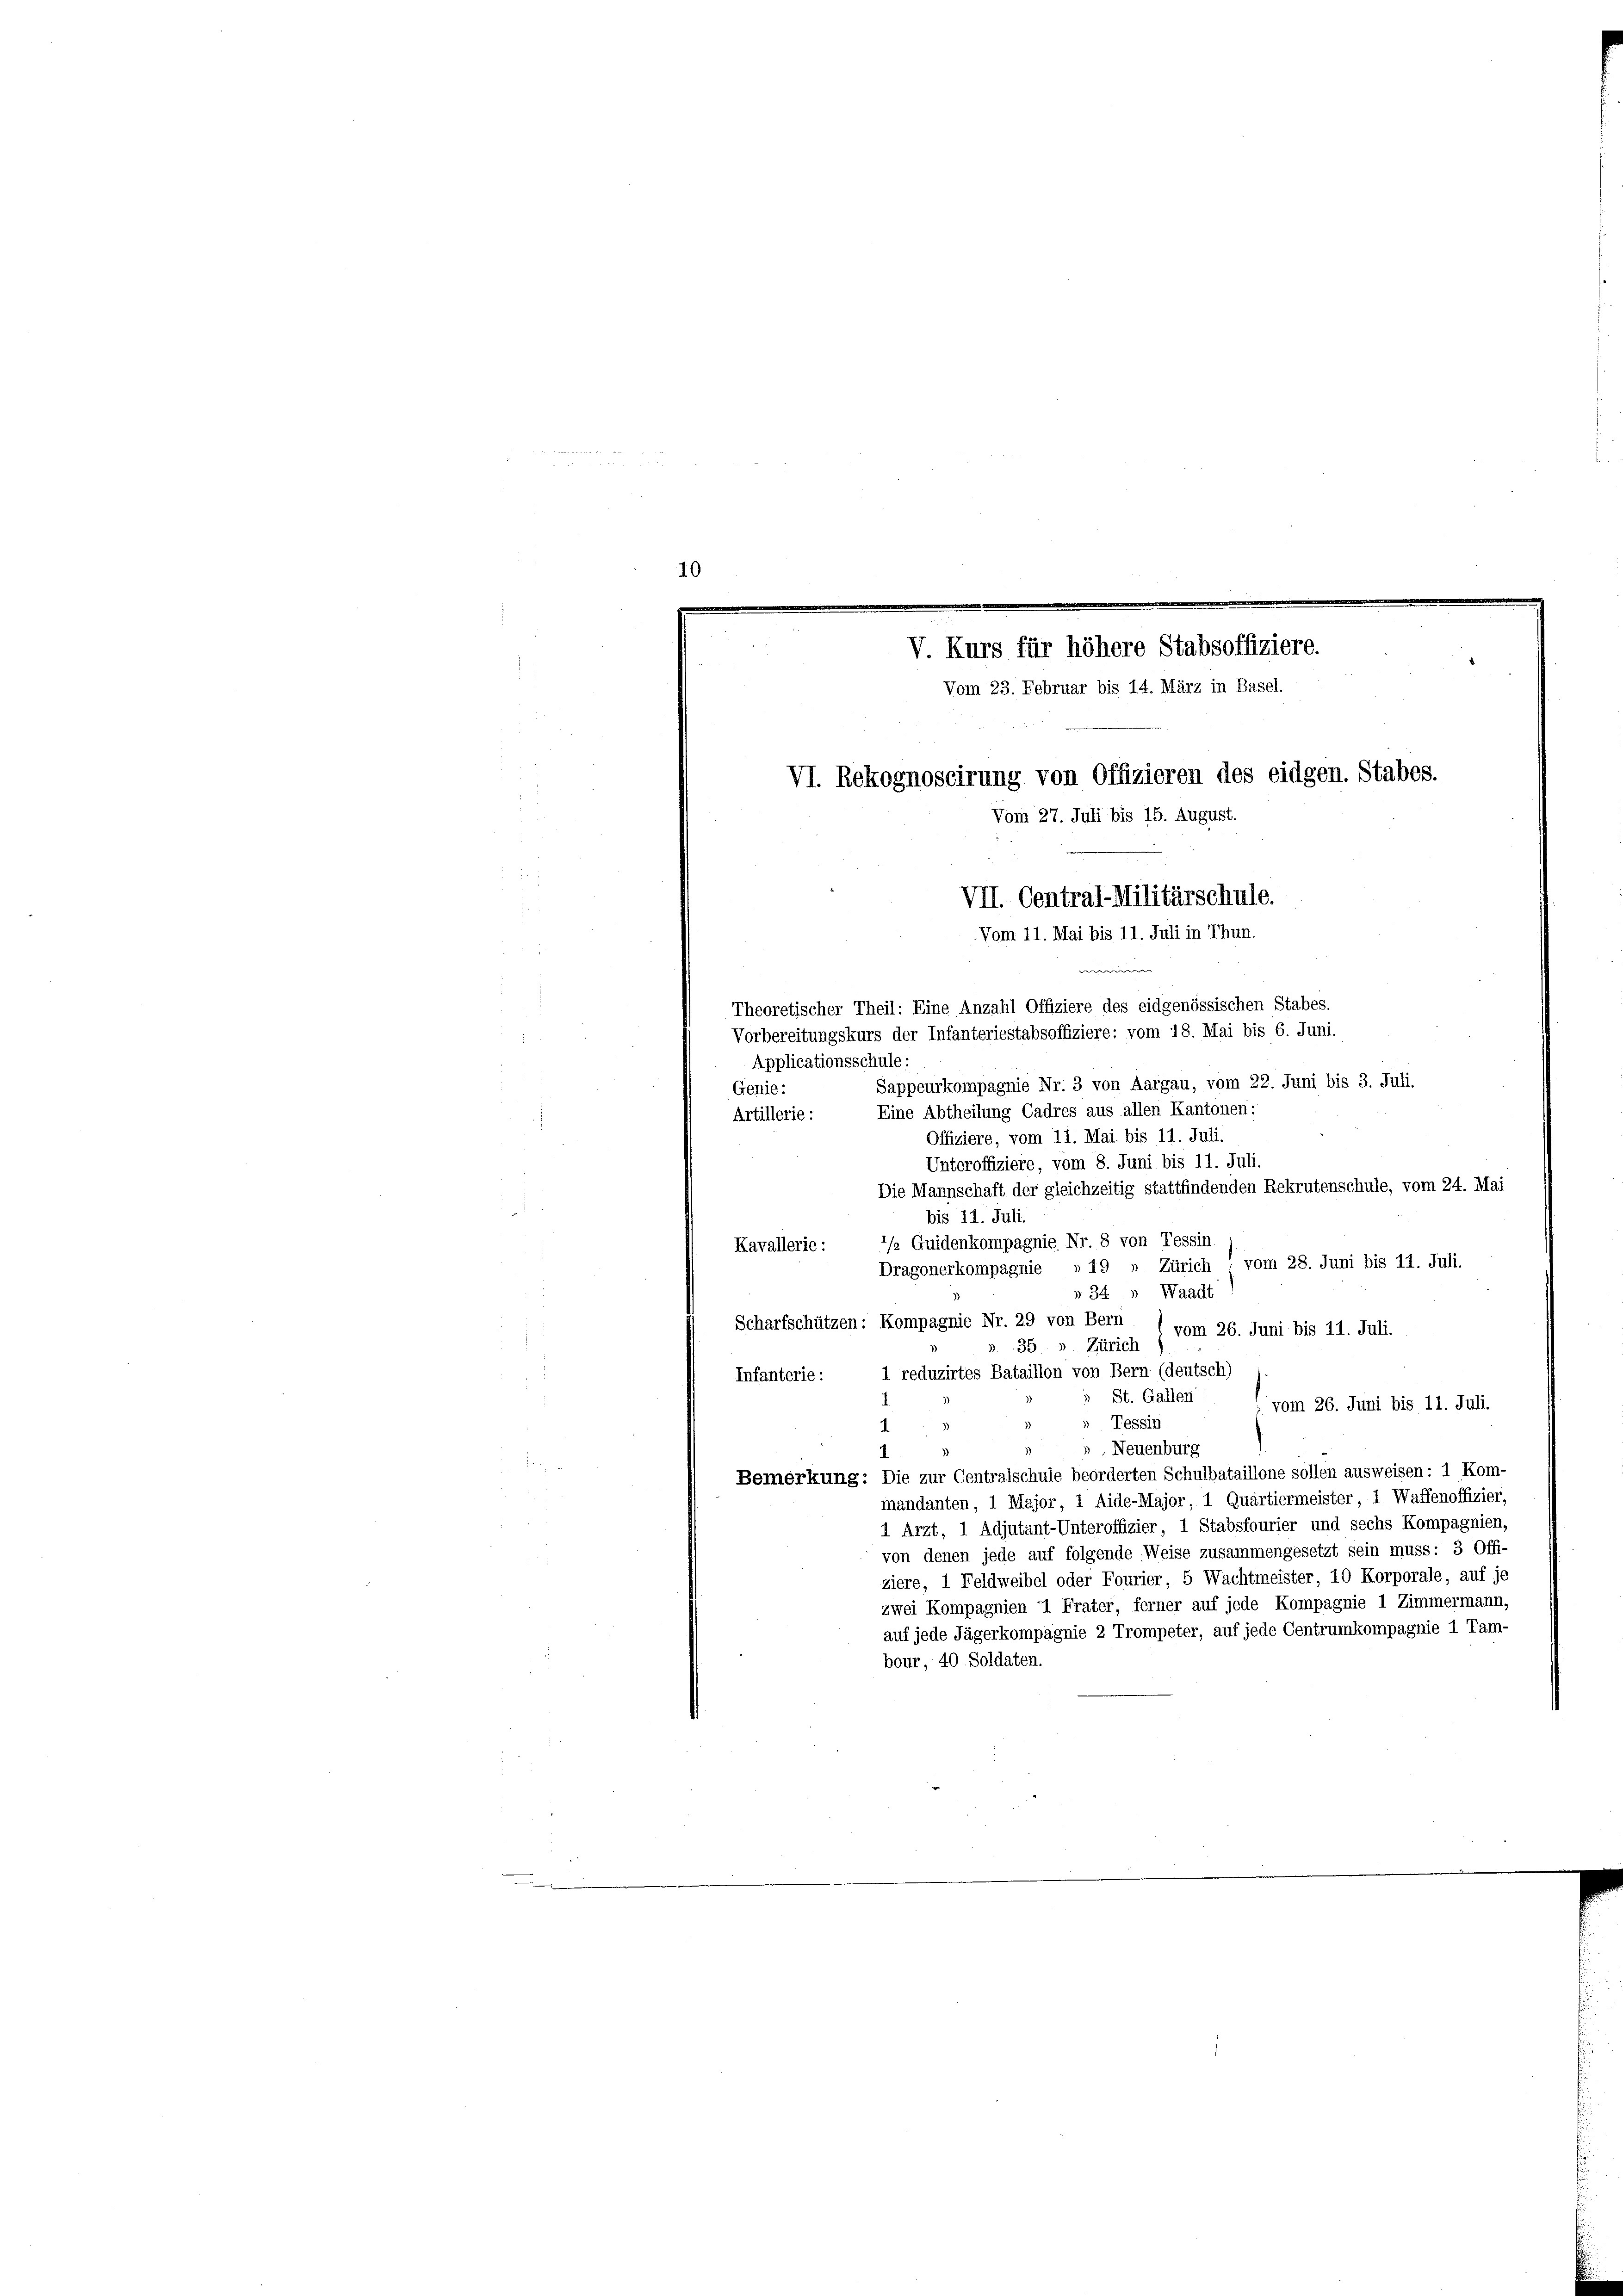
10

.
V. Kurs für höhere Stabsoffiziere.
Vom 23. Februar bis 14. März in Basel.
VI. Rekognoscirung von Offizieren des eidgen. Stabes.
Vom 27. Juli bis 15. August.
VII. Central-Militärschule.
Vom 11. Mai bis 11. Juli in Thun.

Theoretischer Theil: Eine Anzahl Offiziere des eidgenössischen Stabes.
Vorbereitungskurs der Infanteriestabsoffiziere: vom 18. Mai bis 6. Juni.

Applicationsschule:
Sappeurkompagnie Nr. 3 von Aargau, vom 22. Juni bis 3. Juli.
Genie:
Eine Abtheilung Cadres aus allen Kantonen:
Artillerie:
Offiziere, vom 11. Mai bis 11. Juli.
Unteroffiziere, vom 8. Juni bis 11. Juli.
Die Mannschaft der gleichzeitig stattfindenden Rekrutenschule, vom 24. Mai
bis 11. Juli.
/ Guidenkompagnie Nr. 8 von Tessin.
Kavallerie:
Dragonerkompagnie » 19 » Zürich (vom 28. Juni bis 11. Juli.
» 34 » Waadt
Scharfschützen: Kompagnie Nr. 29 von Bern
vom 26. Juni bis 11. Juli.
35 ». Zürich
1 reduzirtes Bataillon von Bern (deutsch)
Infanterie:
St. Gallen:
vom 26. Juni bis 11. Juli.
Tessin
.
Neuenburg
1
Bemerkung: Die zur Centralschule beorderten Schulbataillone sollen ausweisen: 1 Kom-
mandanten, 1 Major, 1 Aide-Major, 1 Quartiermeister, 1 Waffenoffizier,
1 Ärzt, 1 Adjutant-Unteroffizier, 1 Stabsfourier und sechs Kompagnien,
von denen jede auf folgende Weise zusammengesetzt sein muss: 3 Offi-
ziere, 1 Feldweibel oder Fourier, 5 Wachtmeister, 10 Korporale, auf je
zwei Kompagnien 2 Frater, ferner auf jede Kompagnie 1 Zimmermann,
auf jede Jägerkompagnie 2 Trompeter, auf jede Centrumkompagnie 1 Tam-
bour, 40 Soldaten.